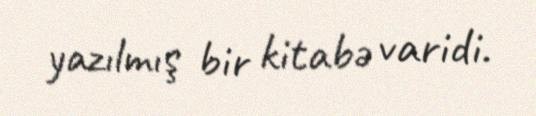
yazılmış bir kitabə varidi.